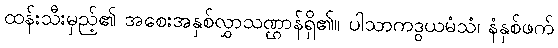
ထန်းသီးမှည့်၏ အစေးအနှစ်လွှာသဏ္ဌာန်ရှိ၏။ ပါသာကဒွယမံသံ၊ နံနှစ်ဖက်